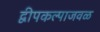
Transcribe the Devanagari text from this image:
द्वीपकल्पाजवळ